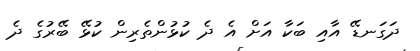
ދަގަނޑޭ އާއި ބަކާ އަށް އެ ދެ ކުޅުންތެރިން ކުޅޭ ބޭރުގެ ދެ